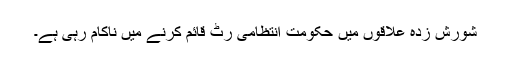
شورش زدہ علاقوں میں حکومت انتظامی رٹ قائم کرنے میں ناکام رہی ہے۔